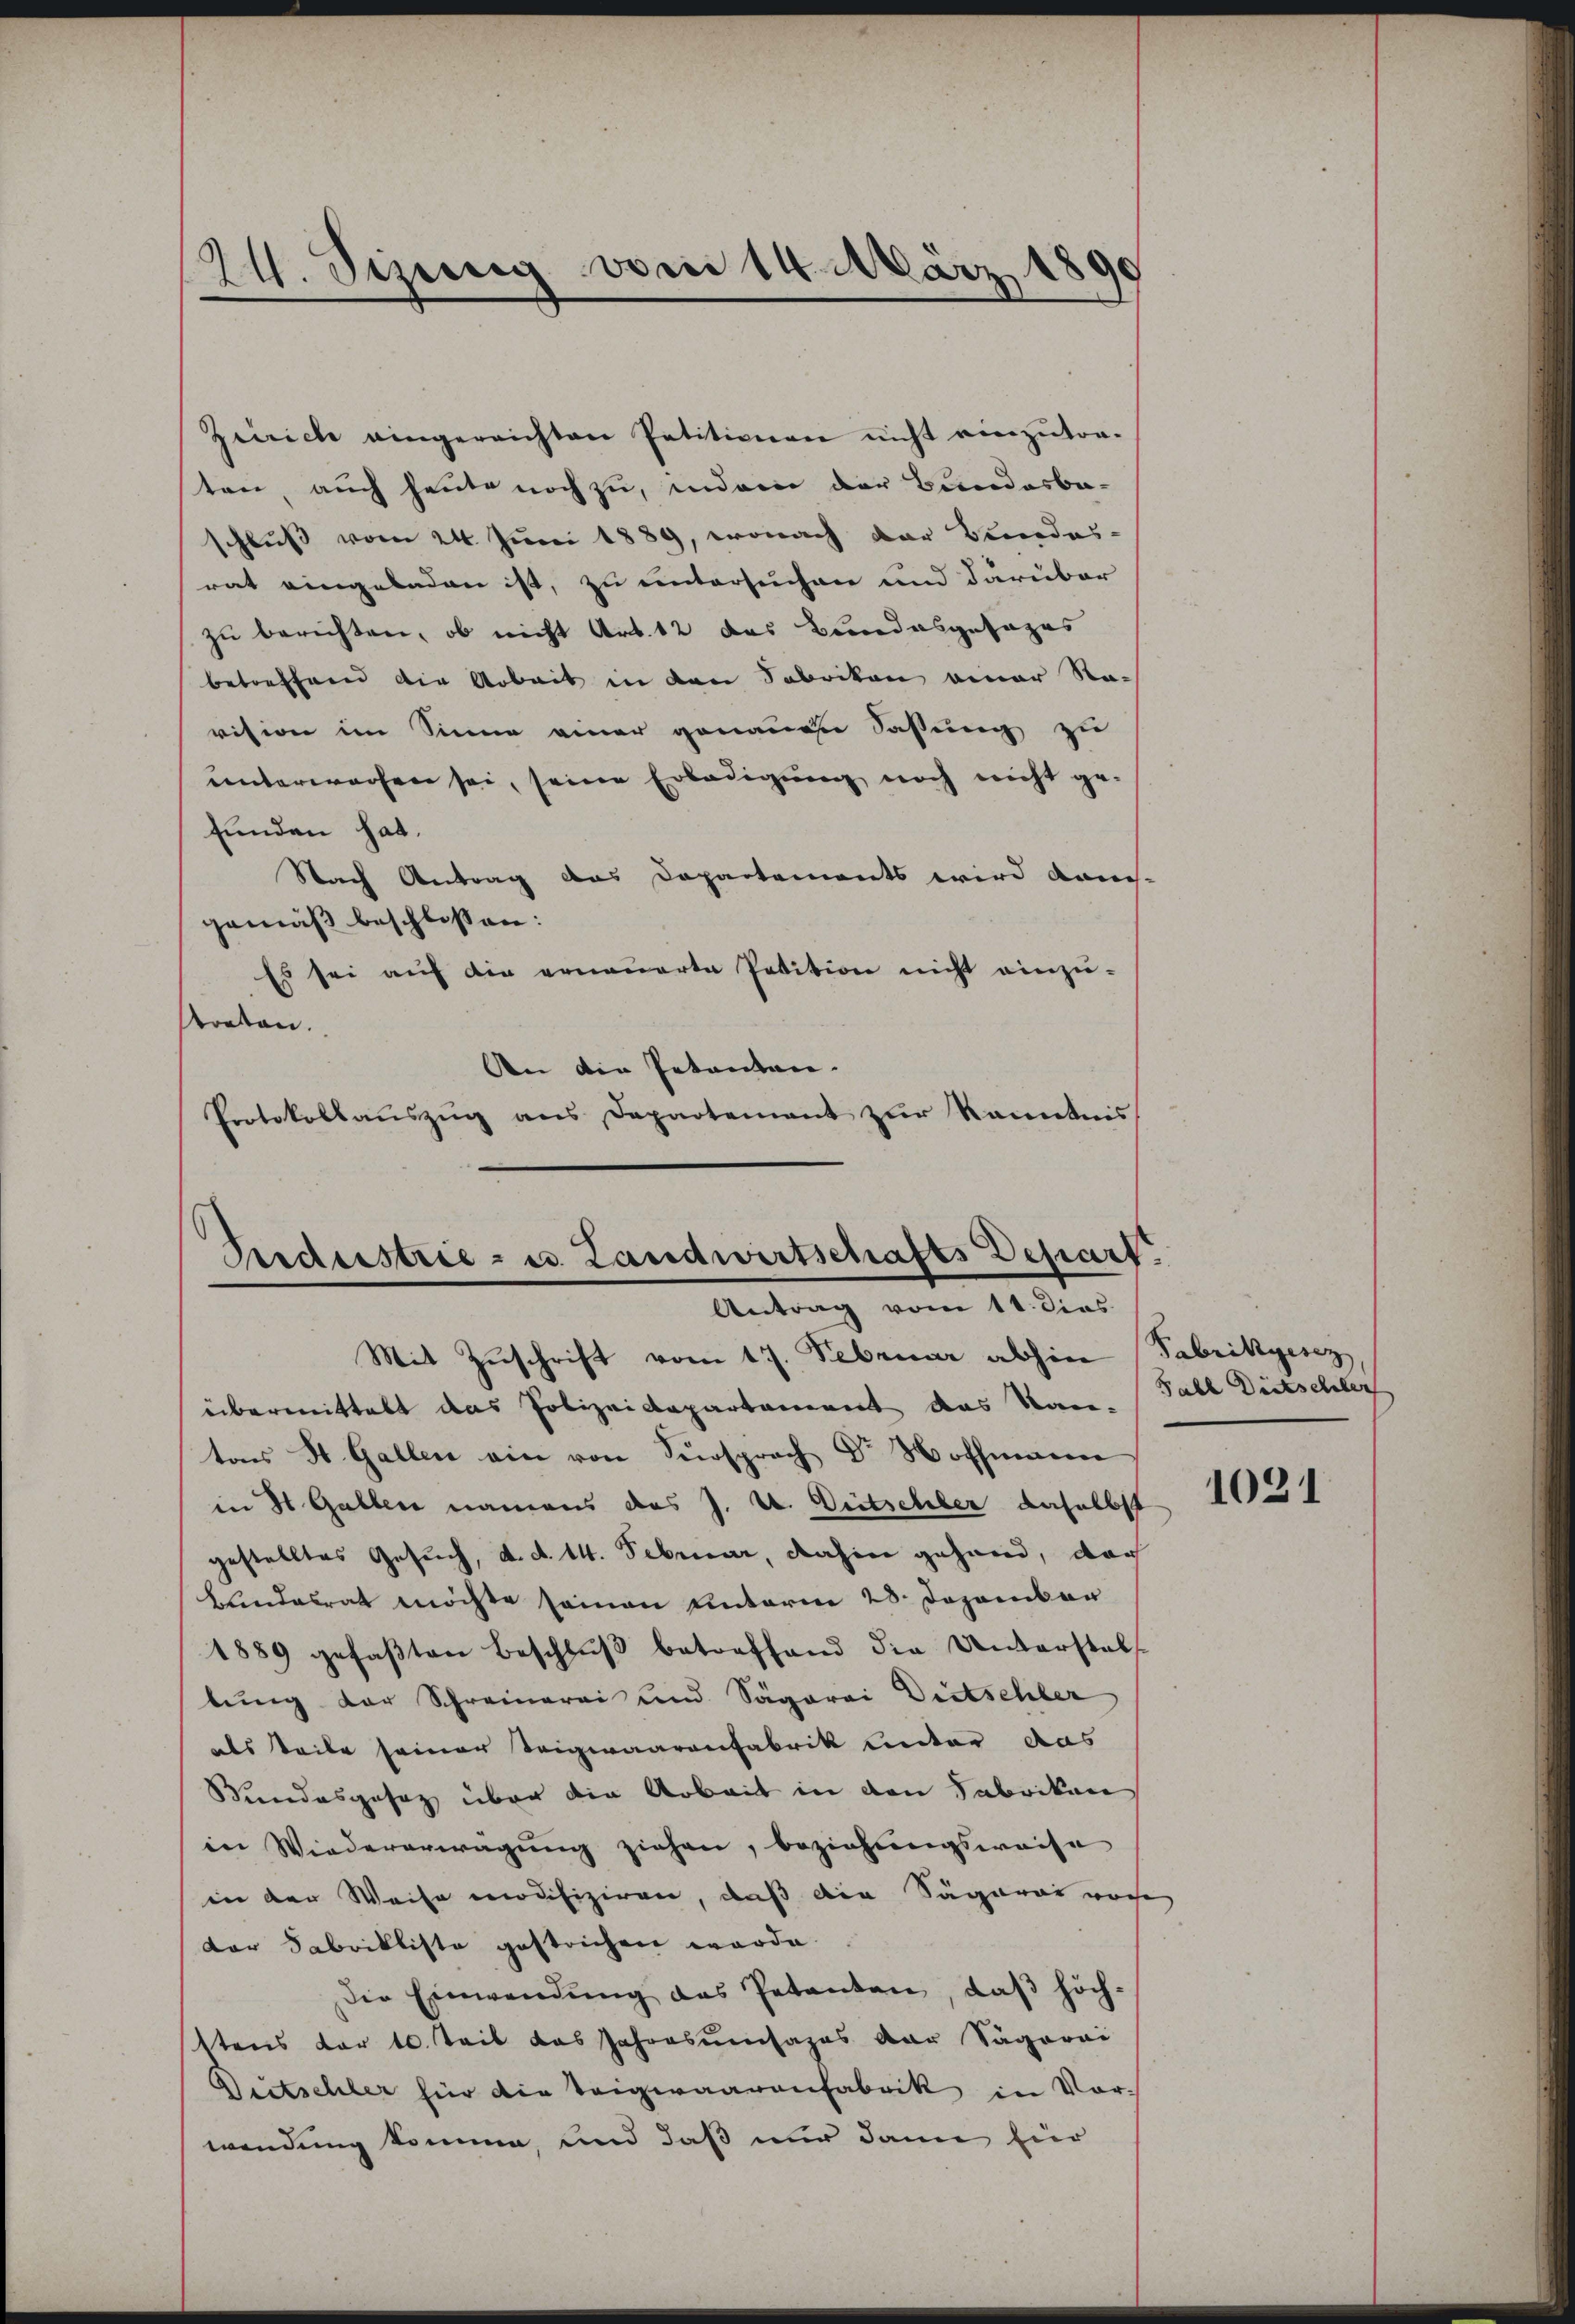
24. Sizung vom 14. März 1890

Zürich eingereichten Petitionen nicht einzutor-
ten, auch heute noch zu, indem der Bundesbe-
schluß vom 24. Juni 1889, wonach der Bundes-
rat eingeladen ist, zu untersuchen und darüber
zu berichten, ob nicht Art. 12 das Bundesgesages
betreffend die Arbeit in den Fabrikon einer Na-
vision im Sinne einer genauen Fassung zu
unterworfen sei, seine Erledigung noch nicht ge-
funden hat.
Nach Antrag das Dopartements wird kanns-
gemäß beschlossen:
Es sei auf die erneuerte Petition nicht einzu-
treten.
An die Petenten.
Protokollaŭszŭg ans Departement zŭr kanntnis

Priderstrie - u. Landwirtschafts Depart
Antrag vom 11. dies

Mit Zŭschrift vom 17. Februar abhin Fabrikgesez
übermittelt das Polizeidepartement das Kan- Fall Deitschler
tons St. Gallen ein von Fürsprach Dr Hoffmann
in H. Gallen namens das J. U. Dritschler daselbst
gestelltes Gesuch, d. d. 14. Februar, dahier gehand, der
Bundesrat möchte seinen Unterm 28. Dezember
1889 gefaβten Beschlŭβ betreffend die Unterstals
lung der Schreinerei und Sägerei Dritschler
als teile seiner Teigwaarenfabrik lecter das
Bundesgesag über die Arbeit in den Fabrikan
in Wiedererwägung ziehen, beziehungsweise
in der Weise modifiziren, daß die Sägaran ware
der Fabrikliste gestrichen werde.
Die Einwendŭng des Petenten, daβ höch-
ttens der 10. Teil das Jahresumsapas der Sagarai
Deitschler für die Teigwaarenfabrik in Vor-
wendung komme, und daß nur dann für

1021